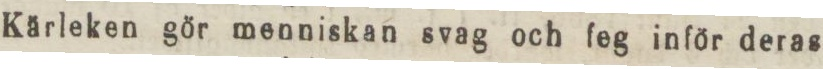
Kärleken gör menniskan svag och feg inför deras